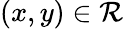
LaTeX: (x,y)\in\mathcal{R}